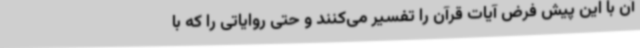
آن با این پیش فرض آیات قرآن را تفسیر می‌کنند و حتی روایاتی را که با